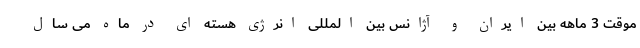
موقت 3 ماهه بین ایران و آژانس بین المللی انرژی هسته ای در ماه می سال